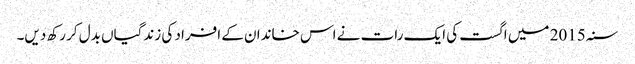
سنہ 2015 میں اگست کی ایک رات نے اس خاندان کے افراد کی زندگیاں بدل کر رکھ دیں۔